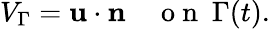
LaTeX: V_{\Gamma}=\mathbf u\cdot\mathbf n\quad\mathrm{~o~n~}~\Gamma(t).